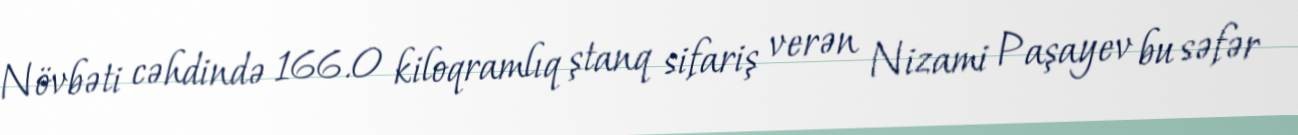
Növbəti cəhdində 166.0 kiloqramlıq ştanq sifariş verən Nizami Paşayev bu səfər